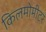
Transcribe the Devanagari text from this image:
किलमोमीटर